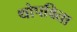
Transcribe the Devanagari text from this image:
थोपविता